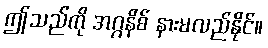
ဤသည်ကို အဂ္ဂနိစ် နားမလည်နိုင်။